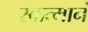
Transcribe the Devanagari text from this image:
स्वात्मानं